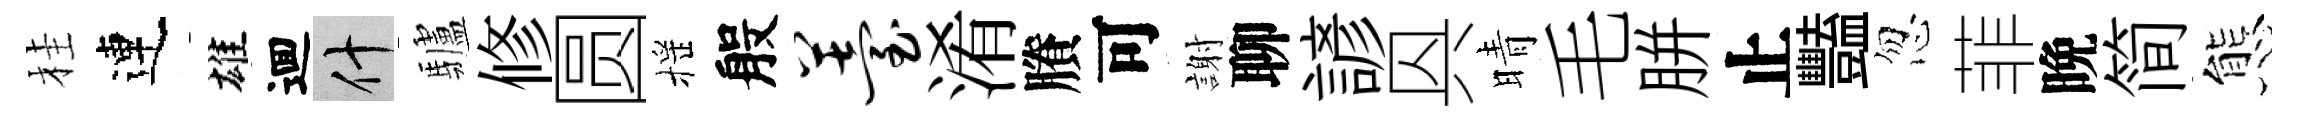
桂連雄逥什驢修圆摇般薹淆賸可謝聊諺㒷晴毛胼止豔忽菲晩简態